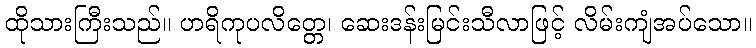
ထိုသားကြီးသည်။ ဟရိကုပလိတ္တေ၊ ဆေးဒန်းမြင်းသီလာဖြင့် လိမ်းကျံအပ်သော။